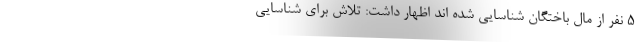
۵ نفر از مال باختگان شناسایی شده اند اظهار داشت: تلاش برای شناسایی